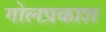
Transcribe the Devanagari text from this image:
गोलप्रकाश